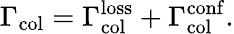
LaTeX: \Gamma_{\mathrm{col}}=\Gamma_{\mathrm{col}}^{\mathrm{loss}}+\Gamma_{\mathrm{col}}^{\mathrm{conf}}.